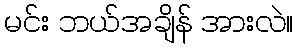
မင်း ဘယ်အချိန် အားလဲ။